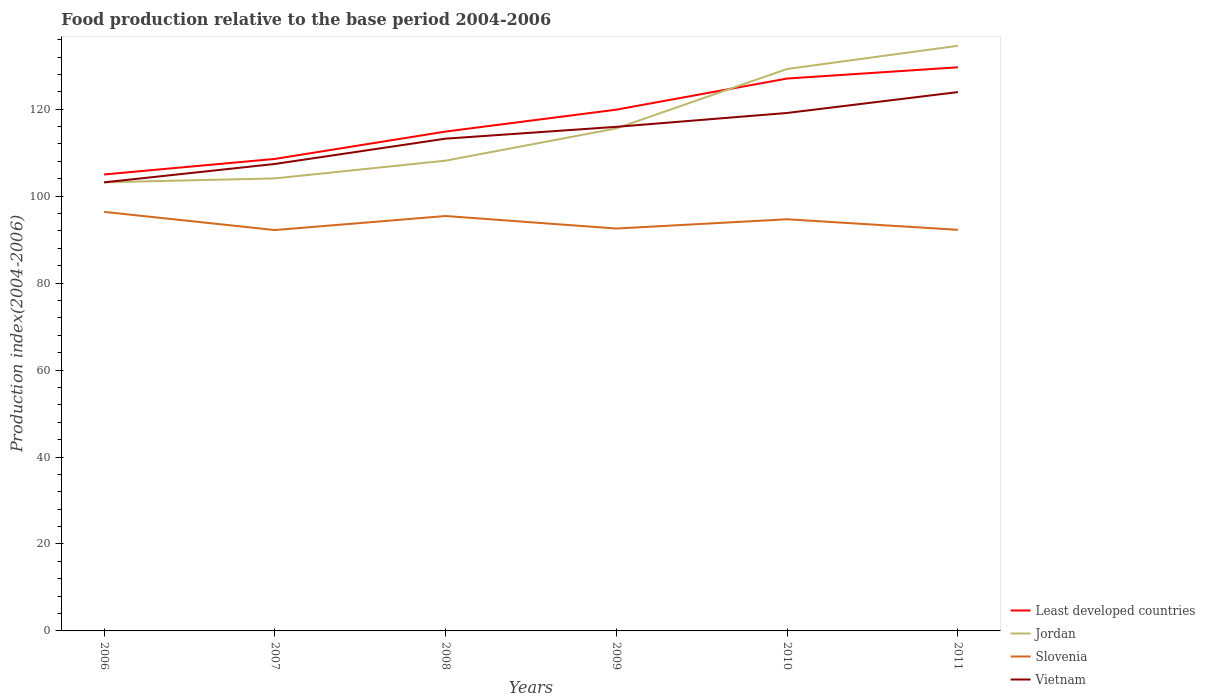
| Years | Least developed countries | Jordan | Slovenia | Vietnam |
 | --- | --- | --- | --- | --- |
 | 2006 | 105 | 103 | 96.4 | 103 |
 | 2007 | 109 | 104 | 92.2 | 107 |
 | 2008 | 115 | 108 | 95.4 | 113 |
 | 2009 | 120 | 116 | 92.5 | 116 |
 | 2010 | 127 | 129 | 94.7 | 119 |
 | 2011 | 130 | 135 | 92.2 | 124 |